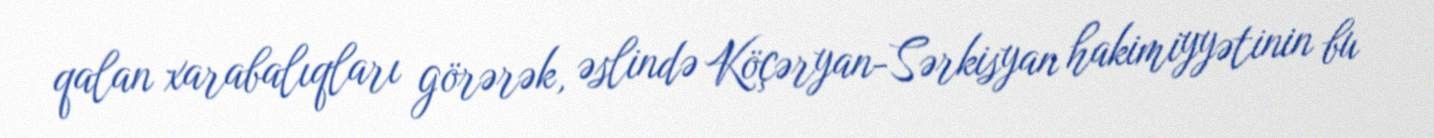
qalan xarabalıqları görərək, əslində Köçəryan-Sərkisyan hakimiyyətinin bu